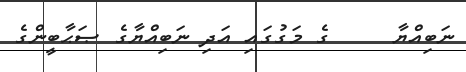
ނަބިއްޔާ     ގެ މަގުގައި އަދި ނަބިއްޔާގެ ޞަޙާބީންގެ